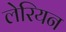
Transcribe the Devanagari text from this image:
लेरियन